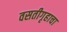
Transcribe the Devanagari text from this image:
वसतीगृहाचा